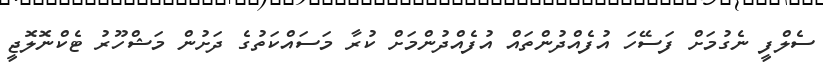
ސެލްފީ ނެގުމަށް ފަސޭހަ އުފެއްދުންތައް އުފެއްދުންމަށް ކުރާ މަސައްކަތުގެ ދަށުން މަޝްހޫރު ޓެކްނޮލޮޖީ